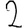
Digit: 2